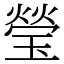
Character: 瑩